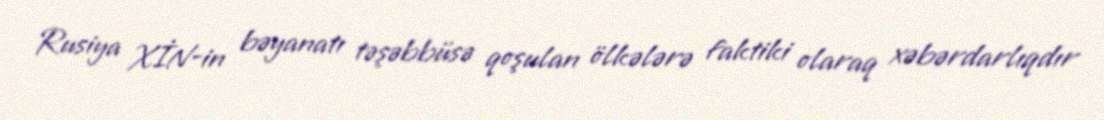
Rusiya XİN-in bəyanatı təşəbbüsə qoşulan ölkələrə faktiki olaraq xəbərdarlıqdır